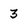
Character: 3